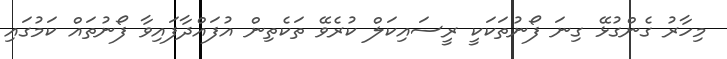
މިހާރު ގެންގުޅޭ ގިނަ ފޯނުތަކަކީ ރީސައިކަލް ކުރެވޭ ތަކެތިން އުފައްދާފައިވާ ފޯނުތައް ކަމުގައި